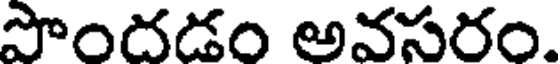
పొందడం అవసరం.